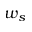
w _ { s }